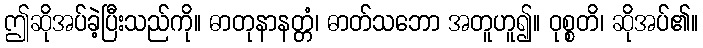
ဤဆိုအပ်ခဲ့ပြီးသည်ကို။ ဓာတုနာနတ္တံ၊ ဓာတ်သဘော အတူဟူ၍။ ဝုစ္စတိ၊ ဆိုအပ်၏။